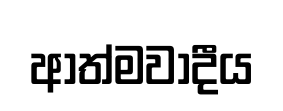
ආත්මවාදීය